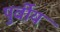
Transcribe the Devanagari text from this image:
पुर्वीय